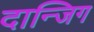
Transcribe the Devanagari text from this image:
दान्जिग